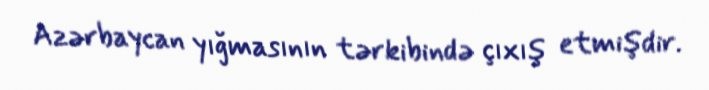
Azərbaycan yığmasının tərkibində çıxış etmişdir.